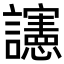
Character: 䜢